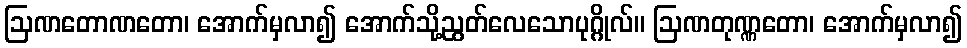
ဩဏတောဏတော၊ အောက်မှလာ၍ အောက်သို့ညွတ်လေသောပုဂ္ဂိုလ်။ ဩဏတုဏ္ဏတော၊ အောက်မှလာ၍